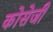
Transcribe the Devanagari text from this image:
कोसेजी